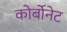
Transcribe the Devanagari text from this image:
कोर्बोनेट